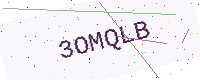
Text: 3OMQLB